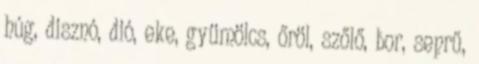
húg, disznó, dió, eke, gyümölcs, őröl, szőlő, bor, seprű,